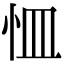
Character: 𭜛